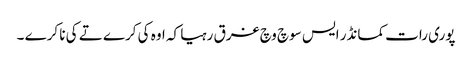
پوری رات کمانڈر ایس سوچ وچ غرق رہیا کہ اوہ کی کرے تے کی نا کرے ۔